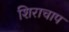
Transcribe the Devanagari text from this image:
शिराचाप